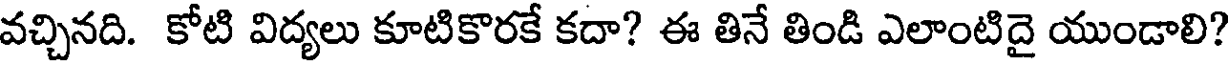
వచ్చినది. కోటి విద్యలు కూటికొరకే కదా? ఈ తినే తిండి ఎలాంటిదై యుండాలి?